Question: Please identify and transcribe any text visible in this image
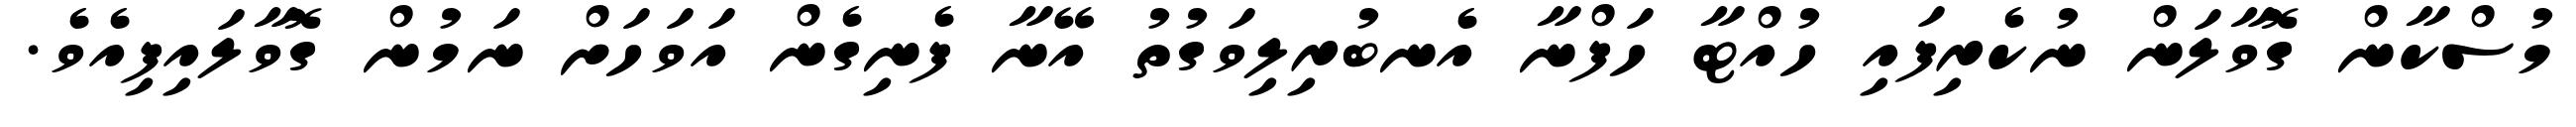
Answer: މުސްކާން ގޮވާލަން ނުކެރިފައި ހުއްޓާ ހަފްނާ އެނބުރިލިވަގުތު އޭނާ ފެނިގެން އަވަހަށް ނަމުން ގޮވާލައިފިއެވެ.